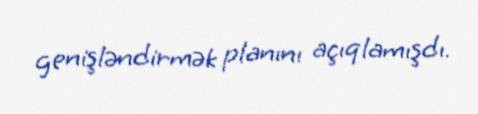
genişləndirmək planını açıqlamışdı.